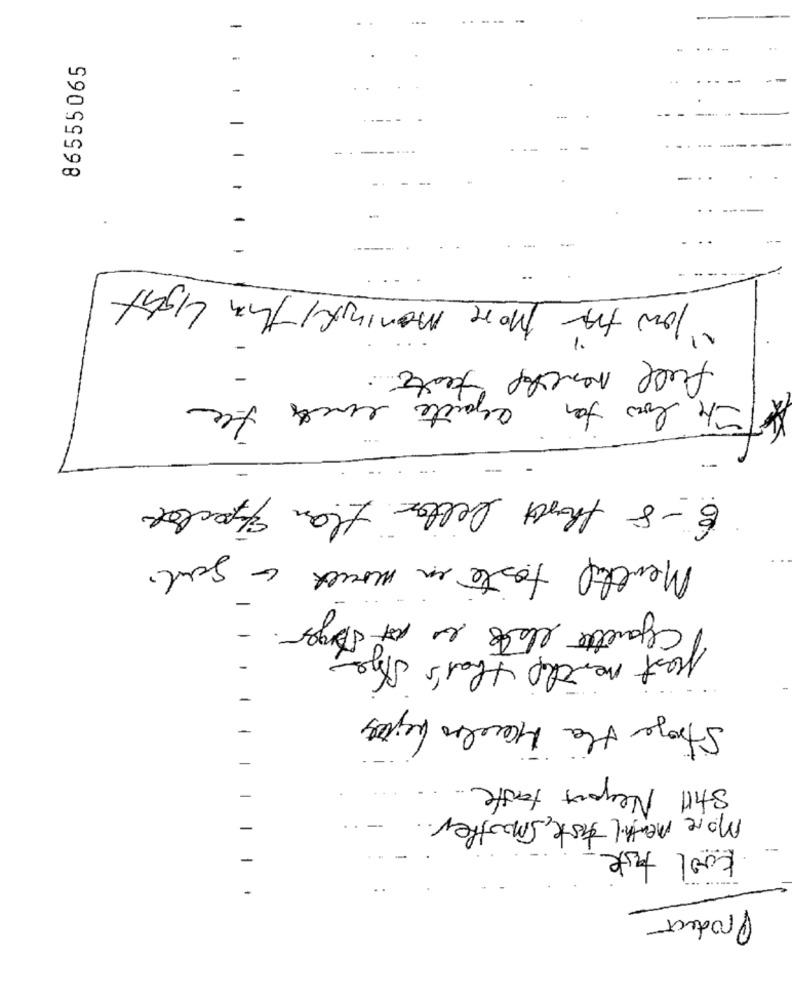
-
-
86555065
-
-
-
-
-
-
-
low for More Meaningful This Light
1
full neschop taste.
The low for exacte wachs the
6-8 that better than E/spector
Menthal taste un moule a god.
Chouette late en nt Dager.
post months that's she
Strage the Maccles Leites
-
-
Still Negort taste ..
-
More menthal taste, Smoother.
-
kool taste
Product